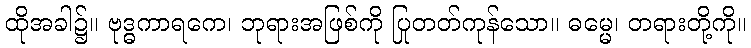
ထိုအခါ၌။ ဗုဒ္ဓကာရကေ၊ ဘုရားအဖြစ်ကို ပြုတတ်ကုန်သော။ ဓမ္မေ၊ တရားတို့ကို။